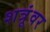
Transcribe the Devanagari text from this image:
शत्रूंवर